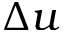
\Delta u